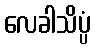
လေခါသိပ္ပံ